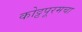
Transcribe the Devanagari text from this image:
कोट्टपूरमचा